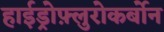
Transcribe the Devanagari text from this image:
हाईड्रोफ़्लुरोकर्बोन